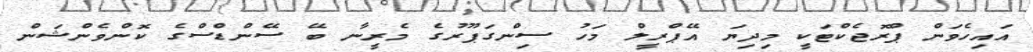
އައިހެވަން ޕްރޮޖެކްޓަކީ މިދިޔަ އޭޕްރީލް މަހު ސިންގަޕޫރުގެ މެރީނާ ބޭ ސޭންޑްސްގެ ކޮންވެންޝަން